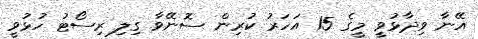
އޭނާ ވިދާޅުވީ މީގެ 15 އަހަރު ކުރިން ސޮނޭވާ ގިލި ރިސޯޓު ހުޅުވީ